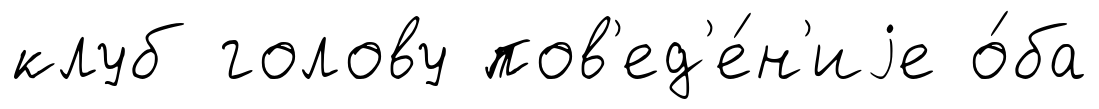
клуб голову пов'ед'е́н'иjе о́ба